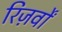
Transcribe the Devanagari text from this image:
रिज़र्वों